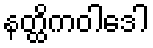
နတ္ထိကဝါဒေါ